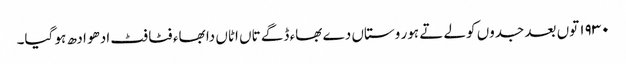
١٩٣٠ توں بعد جدوں کولے تے ہور وستاں دے بھاء ڈگے تاں اٹاں دا بھاء فٹا فٹ ادھو ادھ ہو گیا۔